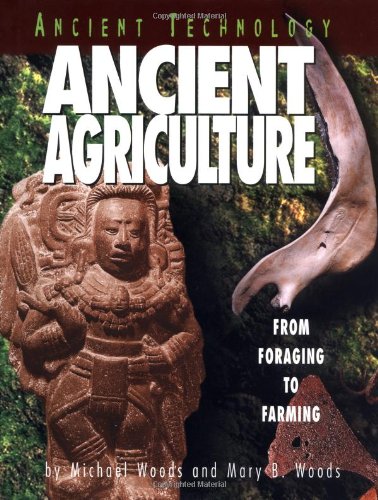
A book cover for Ancient Agriculture: From Foraging to Farming (Ancient Technology); Michael Woods; Children's Books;